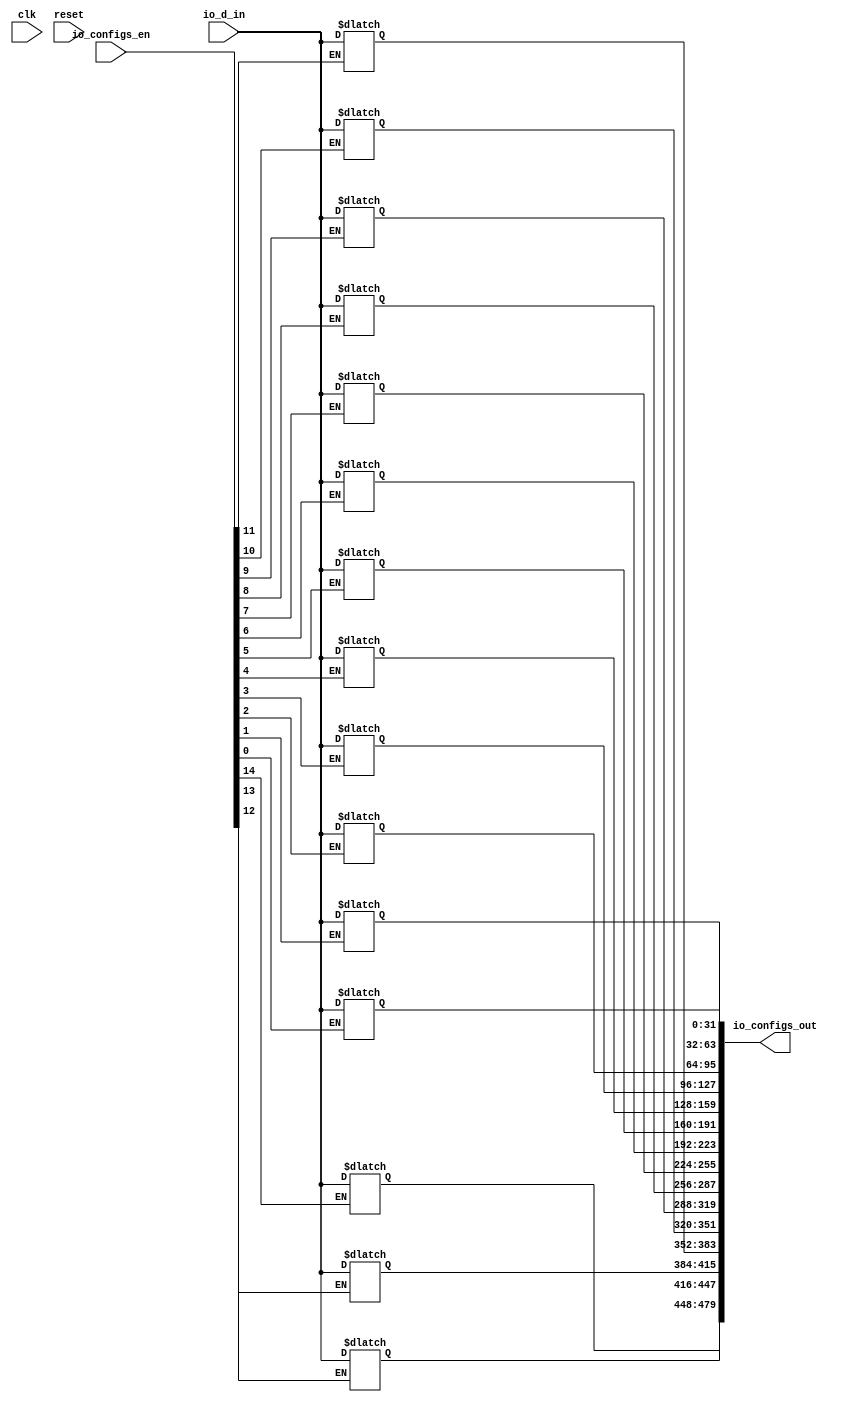
module configs_latches(input clk, input reset,
    input [31:0] io_d_in,
    input [14:0] io_configs_en,
    output reg [479:0] io_configs_out);

    always @ (io_configs_en[0] or io_d_in)
        begin
             if (io_configs_en[0])
                  begin
                      io_configs_out[31:0] = io_d_in;
                  end
        end

    always @ (io_configs_en[1] or io_d_in)
        begin
             if (io_configs_en[1])
                  begin
                      io_configs_out[63:32] = io_d_in;
                  end
        end

    always @ (io_configs_en[2] or io_d_in)
        begin
             if (io_configs_en[2])
                  begin
                      io_configs_out[95:64] = io_d_in;
                  end
        end

    always @ (io_configs_en[3] or io_d_in)
        begin
             if (io_configs_en[3])
                  begin
                      io_configs_out[127:96] = io_d_in;
                  end
        end

    always @ (io_configs_en[4] or io_d_in)
        begin
             if (io_configs_en[4])
                  begin
                      io_configs_out[159:128] = io_d_in;
                  end
        end

    always @ (io_configs_en[5] or io_d_in)
        begin
             if (io_configs_en[5])
                  begin
                      io_configs_out[191:160] = io_d_in;
                  end
        end

    always @ (io_configs_en[6] or io_d_in)
        begin
             if (io_configs_en[6])
                  begin
                      io_configs_out[223:192] = io_d_in;
                  end
        end

    always @ (io_configs_en[7] or io_d_in)
        begin
             if (io_configs_en[7])
                  begin
                      io_configs_out[255:224] = io_d_in;
                  end
        end

    always @ (io_configs_en[8] or io_d_in)
        begin
             if (io_configs_en[8])
                  begin
                      io_configs_out[287:256] = io_d_in;
                  end
        end

    always @ (io_configs_en[9] or io_d_in)
        begin
             if (io_configs_en[9])
                  begin
                      io_configs_out[319:288] = io_d_in;
                  end
        end

    always @ (io_configs_en[10] or io_d_in)
        begin
             if (io_configs_en[10])
                  begin
                      io_configs_out[351:320] = io_d_in;
                  end
        end

    always @ (io_configs_en[11] or io_d_in)
        begin
             if (io_configs_en[11])
                  begin
                      io_configs_out[383:352] = io_d_in;
                  end
        end

    always @ (io_configs_en[12] or io_d_in)
        begin
             if (io_configs_en[12])
                  begin
                      io_configs_out[415:384] = io_d_in;
                  end
        end

    always @ (io_configs_en[13] or io_d_in)
        begin
             if (io_configs_en[13])
                  begin
                      io_configs_out[447:416] = io_d_in;
                  end
        end

    always @ (io_configs_en[14] or io_d_in)
        begin
             if (io_configs_en[14])
                  begin
                      io_configs_out[479:448] = io_d_in;
                  end
        end

endmodule